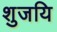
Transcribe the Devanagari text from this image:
शुजयि